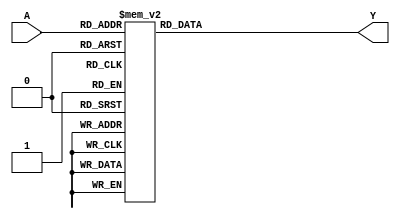
module PrimeImplicants (
    input wire [3:0] A,  // 4-bit input representing the variables of the Boolean function
    output reg [1:0] Y   // 2-bit output representing the minimized Boolean function
);

// Truth table for a specific Boolean function (example: F(A) = A1'A0 + A1A0' + A1A2)
always @(*) begin
    case (A)
        4'b0000: Y = 2'b00; // F(0,0,0,0) = 0
        4'b0001: Y = 2'b01; // F(0,0,0,1) = 1
        4'b0010: Y = 2'b01; // F(0,0,1,0) = 1
        4'b0011: Y = 2'b10; // F(0,0,1,1) = 2
        4'b0100: Y = 2'b01; // F(0,1,0,0) = 1
        4'b0101: Y = 2'b10; // F(0,1,0,1) = 2
        4'b0110: Y = 2'b11; // F(0,1,1,0) = 3
        4'b0111: Y = 2'b11; // F(0,1,1,1) = 3
        4'b1000: Y = 2'b01; // F(1,0,0,0) = 1
        4'b1001: Y = 2'b10; // F(1,0,0,1) = 2
        4'b1010: Y = 2'b11; // F(1,0,1,0) = 3
        4'b1011: Y = 2'b11; // F(1,0,1,1) = 3
        4'b1100: Y = 2'b10; // F(1,1,0,0) = 2
        4'b1101: Y = 2'b11; // F(1,1,0,1) = 3
        4'b1110: Y = 2'b11; // F(1,1,1,0) = 3
        4'b1111: Y = 2'b11; // F(1,1,1,1) = 3
        default: Y = 2'b00; // Default case
    endcase
end

endmodule